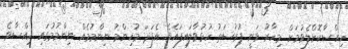
ހިއްސާކޮށްލެވުމަށް މިހާރު ވަނީ ފުރުސަތު ހުޅުވާލައިފައެވެ. އެފަދަ މުހިންމު ނިންމުމެއް ނިންމުމުގައި ހިއްސާވެ